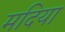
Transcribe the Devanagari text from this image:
मदिया